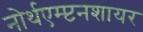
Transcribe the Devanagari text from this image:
नोर्थएम्प्टनशायर